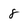
Character: 8